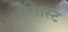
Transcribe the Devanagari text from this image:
रोंसास्ट